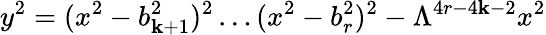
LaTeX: y^{2}=(x^{2}-b_{\mathbf{k}+1}^{2})^{2}\ldots(x^{2}-b_{r}^{2})^{2}-\Lambda^{4r-4\mathbf{k}-2}x^{2}